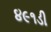
૪૯૧ડી